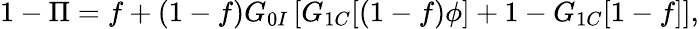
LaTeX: \begin{array}{r}{1-\Pi=f+(1-f)G_{0I}\left[G_{1C}[(1-f)\phi]+1-G_{1C}[1-f]\right],}\end{array}